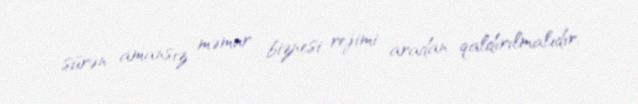
sürən amansız məmur biznesi rejimi aradan qaldırılmalıdır.